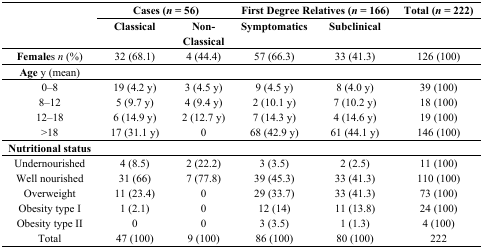
<table><thead><tr><td rowspan="2"></td><td colspan="2"><b>Cases (<i>n</i> = 56)</b></td><td colspan="2"><b>First Degree Relatives (<i>n</i> = 166)</b></td><td><b>Total (<i>n</i> = 222)</b></td></tr><tr><td><b>Classical</b></td><td><b>Non-Classical</b></td><td><b>Symptomatics</b></td><td><b>Subclinical</b></td><td></td></tr></thead><tbody><tr><td><b>Female</b>s <i>n</i> (%)</td><td>32 (68.1)</td><td>4 (44.4)</td><td>57 (66.3)</td><td>33 (41.3)</td><td>126 (100)</td></tr><tr><td><b>Age</b> y (mean)</td><td></td><td></td><td></td><td></td><td></td></tr><tr><td>0–8</td><td>19 (4.2 y)</td><td>3 (4.5 y)</td><td>9 (4.5 y)</td><td>8 (4.0 y)</td><td>39 (100)</td></tr><tr><td>8–12</td><td>5 (9.7 y)</td><td>4 (9.4 y)</td><td>2 (10.1 y)</td><td>7 (10.2 y)</td><td>18 (100)</td></tr><tr><td>12–18</td><td>6 (14.9 y)</td><td>2 (12.7 y)</td><td>7 (14.3 y)</td><td>4 (14.6 y)</td><td>19 (100)</td></tr><tr><td>&gt;18</td><td>17 (31.1 y)</td><td>0</td><td>68 (42.9 y)</td><td>61 (44.1 y)</td><td>146 (100)</td></tr><tr><td><b>Nutritional status</b></td><td></td><td></td><td></td><td></td><td></td></tr><tr><td>Undernourished</td><td>4 (8.5)</td><td>2 (22.2)</td><td>3 (3.5)</td><td>2 (2.5)</td><td>11 (100)</td></tr><tr><td>Well nourished</td><td>31 (66)</td><td>7 (77.8)</td><td>39 (45.3)</td><td>33 (41.3)</td><td>110 (100)</td></tr><tr><td>Overweight</td><td>11 (23.4)</td><td>0</td><td>29 (33.7)</td><td>33 (41.3)</td><td>73 (100)</td></tr><tr><td>Obesity type I</td><td>1 (2.1)</td><td>0</td><td>12 (14)</td><td>11 (13.8)</td><td>24 (100)</td></tr><tr><td>Obesity type II</td><td>0</td><td>0</td><td>3 (3.5)</td><td>1 (1.3)</td><td>4 (100)</td></tr><tr><td>Total</td><td>47 (100)</td><td>9 (100)</td><td>86 (100)</td><td>80 (100)</td><td>222</td></tr></tbody></table>